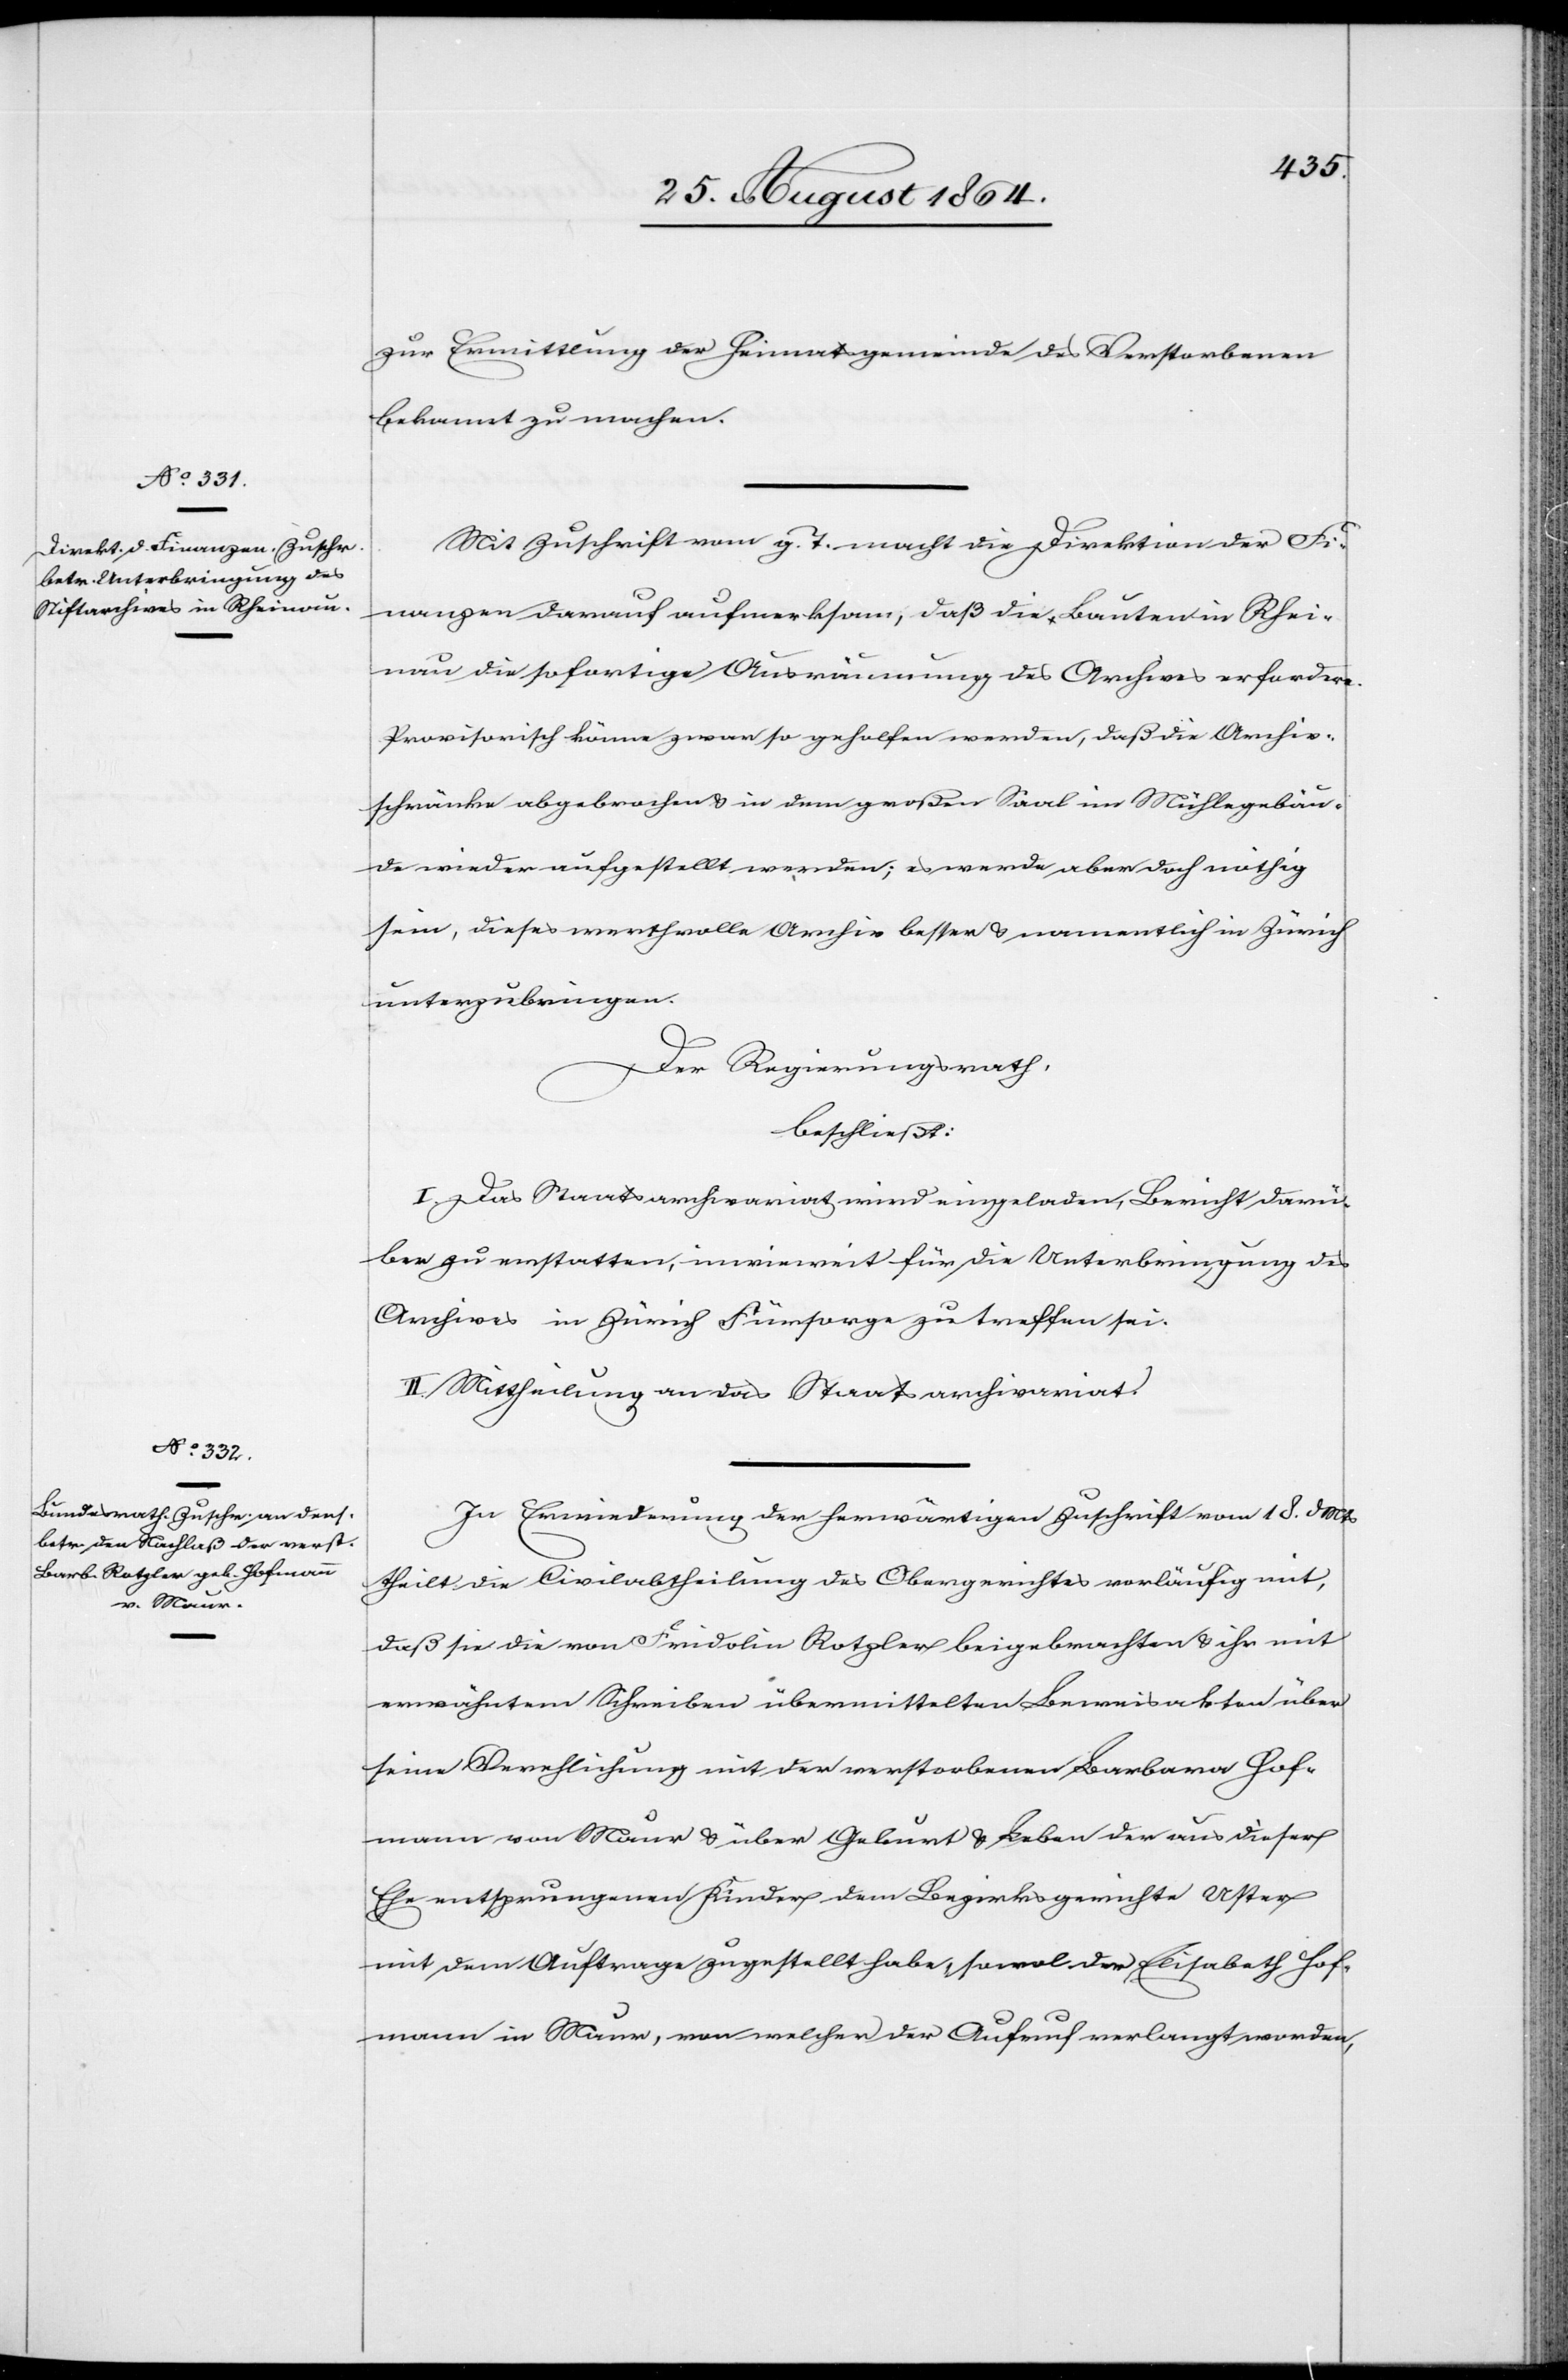
zur Ermittlung der Heimatgemeinde des Verstorbenen
bekannt zu machen.
Mit Zuschrift vom g. T macht die Direktion der Fi¬
nanzen darauf aufmerksam, daß die Bauten in Rhei¬
nau die sofortige Ausräumung des Archives erfordern.
Provisorisch könne zwar so geholfen werden, daß die Archiv¬
schränke abgebrochen & in dem großen Saal im Mühlegebäu¬
de wieder aufgestellt werden; es werde aber doch nöthig
sein, dieses werthvolle Archiv besser & namentlich in Zürich
unterzubringen.
Der Regierungsrath,
beschließt:
I. Das Staatsarchivariat wird eingeladen, Bericht darü¬
ber zu erstatten, inwieweit für die Unterbringung des
Archives in Zürich Fürsorge zu treffen sei.
II. Mittheilung an das Staatsarchivariat.
In Erwiederung der herwärtigen Zuschrift vom 18. d. Mts
theilt die Civilabtheilung des Obergerichtes vorläufig mit,
daß sie die von Fridolin Rotzler beigebrachten & ihr mit
erwähntem Schreiben übermittelten Beweisakten über
seine Verehelichung mit der verstorbenen Barbara Hof¬
mann von Maur & über Geburt & Leben der aus dieser
Ehe entsprungenen Kinder, dem Bezirksgerichte Uster
mit dem Auftrage zugestellt habe, sowol der Elisabeth Hof¬
mann in Maur, von welcher der Aufruf verlangt worden,